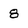
Character: 8